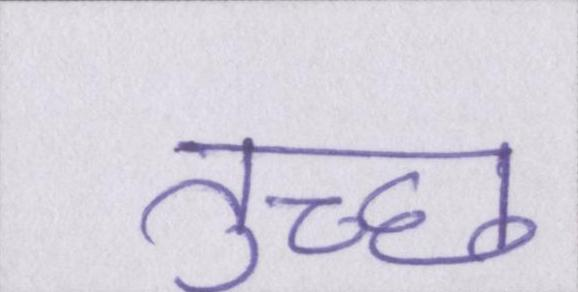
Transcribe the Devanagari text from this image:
तुच्छ